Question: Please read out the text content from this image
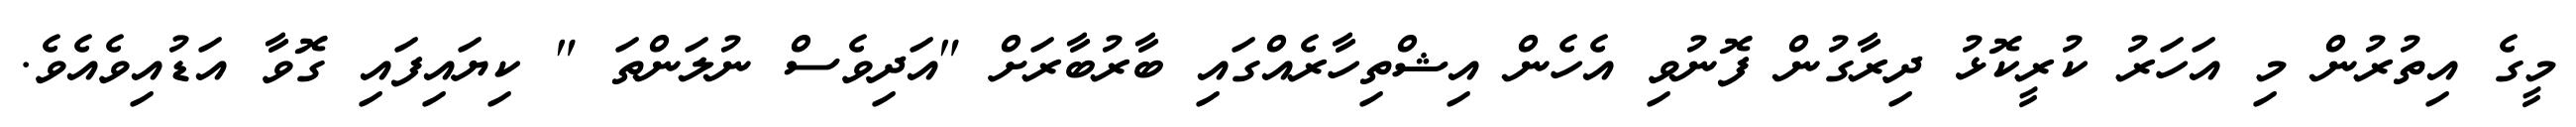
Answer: މީގެ އިތުރުން މި އަހަރު ކުރީކޮޅު ދިރާގުން ފޮނުވި އެހެން އިޝްތިހާރެއްގައި ބާރުބާރަށް "އަދިވެސް ނުލަންތަ " ކިޔައިފައި ގޮވާ އަޑުއިވެއެވެ.